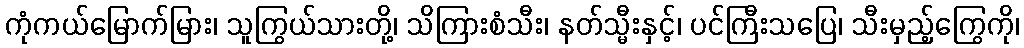
ကုံကယ်မြောက်မြား၊ သူကြွယ်သားတို့၊ သိကြားစံသီး၊ နတ်သ္မီးနှင့်၊ ပင်ကြီးသပြေ၊ သီးမှည့်ကြွေကို၊